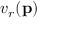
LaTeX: v _ { r } ( \mathbf { p } )